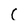
Character: C